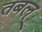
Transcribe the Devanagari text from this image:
तबल्